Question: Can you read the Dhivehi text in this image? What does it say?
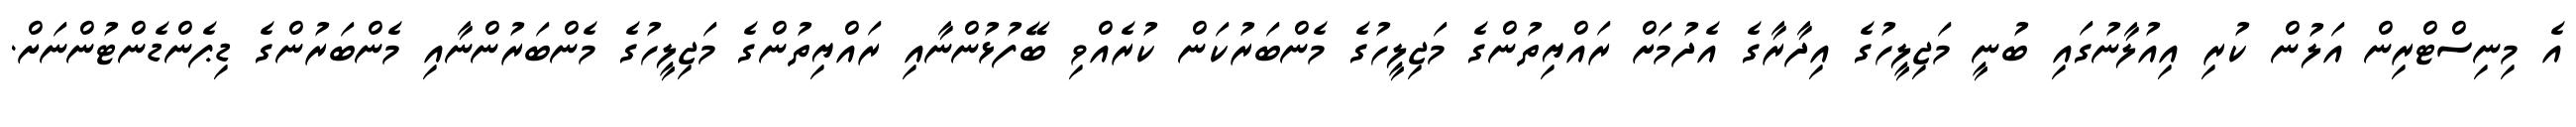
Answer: އެ މިނިސްޓްރިން އަލުން ކުރި އިއުލާނުގައި ބުނީ މަޖިލީހުގެ އިދާރާގެ އެދުމަށް ރައްޔިތުންގެ މަޖިލީހުގެ މެންބަރުކަން ކުރެއްވި ބޭފުޅުންނާއި ރައްޔިތުންގެ މަޖިލީހުގެ މެންބަރުންނާއި މެންބަރުންގެ ޑިޕެންޑެންޓުންނަށް.